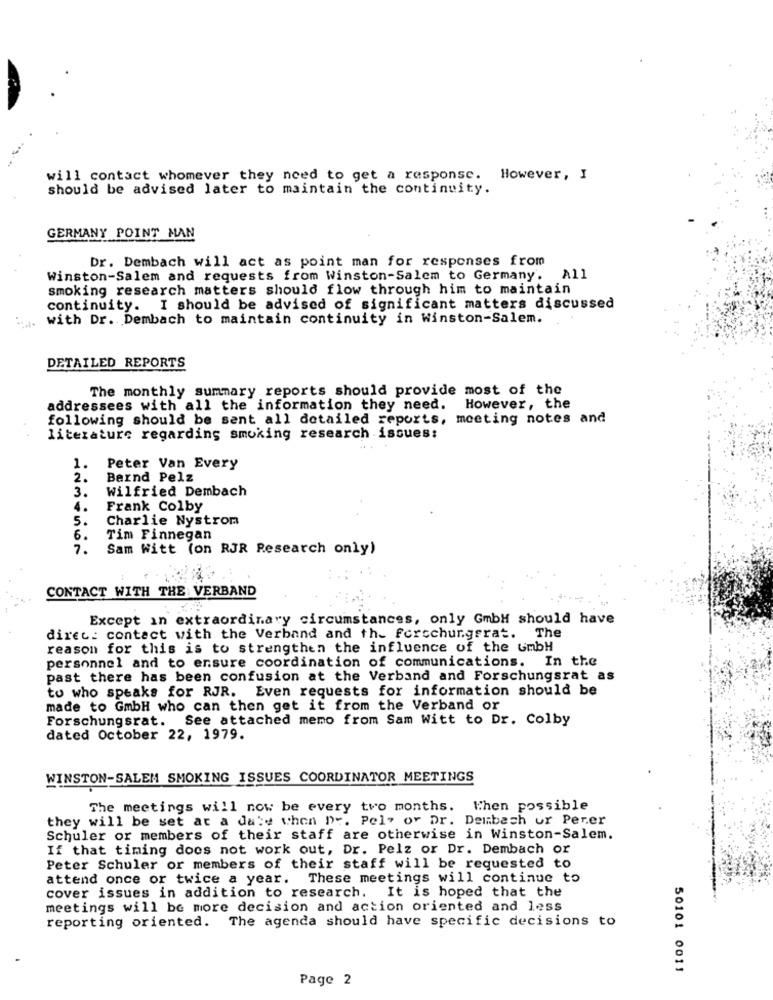
will contact whomever they need to get a response. However, I
should be advised later to maintain the continuity.
GERMANY POINT MAN
Dr. Dembach will act as point man for responses from
Winston-Salem and requests from Winston-Salem to Germany. All
smoking research matters should flow through him to maintain
continuity. I should be advised of significant matters discussed
with Dr. Dembach to maintain continuity in Winston-Salem.
DETAILED REPORTS
The monthly summary reports should provide most of the
addressees with all the information they need. However, the
following should be sent all detailed reports, meeting notes and
literature regarding smoking research issues:
1.
Peter Van Every
2.
Bernd Pelz
3.
Wilfried Dembach
4.
Frank Colby
5.
Charlie Nystrom
6.
Tim Finnegan
2.
Sam Witt (on RJR Research only)
CONTACT WITH THE VERBAND
Except in extraordinary circumstances, only GmbH should have
direc: contact with the Verband and th_ forschungsrat. The
reason for this is to strengthen the influence of the GmbH
personnel and to ensure coordination of communications. In the
past there has been confusion at the Verband and Forschungsrat as
to who speaks for RJR. Even requests for information should be
made to GmbH who can then get it from the Verband or
Forschungsrat. See attached memo from Sam Witt to Dr. Colby
dated October 22, 1979.
WINSTON-SALEM SMOKING ISSUES COORDINATOR MEETINGS
The meetings will now be every two months. When possible
they will be set at a date when Dr. Pel- or Dr. Dembach ur Perer
Schuler or members of their staff are otherwise in Winston-Salem.
If that timing does not work out, Dr. Pelz or Dr. Dembach or
Peter Schuler or members of their staff will be requested to
attend once or twice a year. These meetings will continue to
cover issues in addition to research. It is hoped that the
meetings will be more decision and action oriented and less
reporting oriented. The agenda should have specific decisions to
50101 0011
Page 2